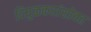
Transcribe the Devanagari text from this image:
दिघुळकरांसोबत